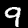
Label: 9